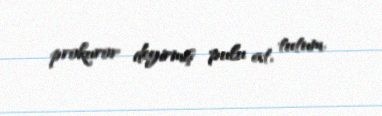
prokuror deyirmiş pulu at, tutum.